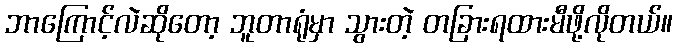
ဘာကြောင့်လဲဆိုတော့ ဘူတာရုံမှာ သွားတဲ့ တခြားရထားမီဖို့လိုတယ်။